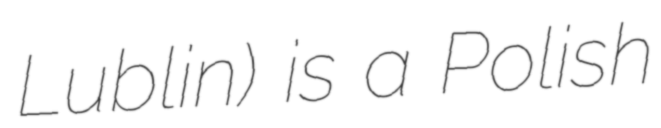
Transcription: Lublin) is a Polish